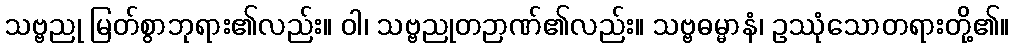
သဗ္ဗညု မြတ်စွာဘုရား၏လည်း။ ဝါ၊ သဗ္ဗညုတဉာဏ်၏လည်း။ သဗ္ဗဓမ္မာနံ၊ ဥဿုံသောတရားတို့၏။